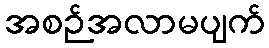
အစဉ်အလာမပျက်